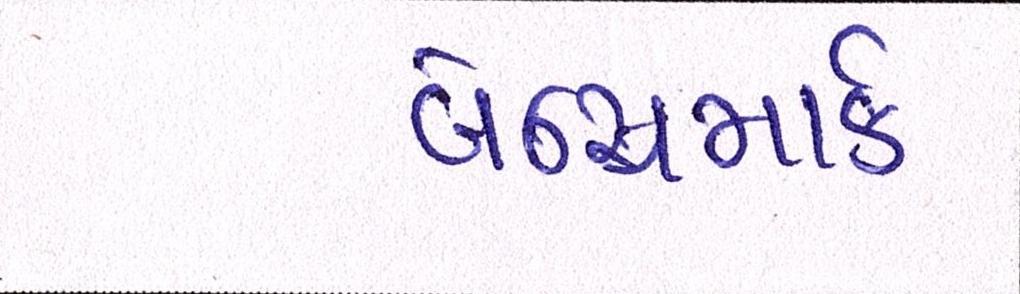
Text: બેન્ચમાર્ક